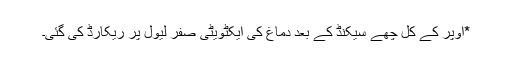
*اوپر کے کل چھے سیکنڈ کے بعد دماغ کی ایکٹویٹی صفر لیول پر ریکارڈ کی گئی۔